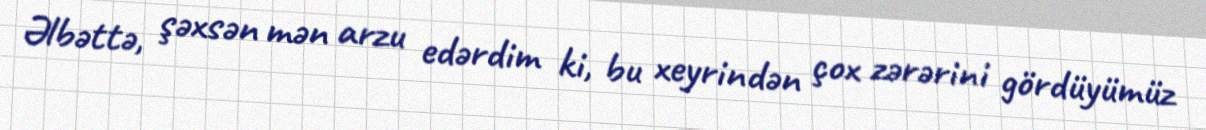
Əlbəttə, şəxsən mən arzu edərdim ki, bu xeyrindən çox zərərini gördüyümüz